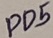
Text: PD5